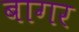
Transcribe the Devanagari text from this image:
बागर